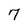
Character: 7